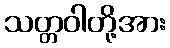
သတ္တဝါတို့အား